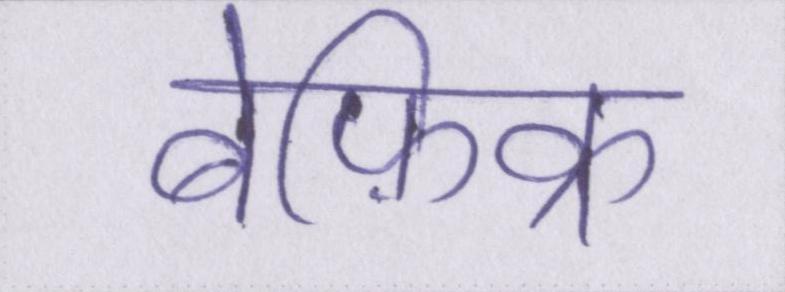
बेफ़िक्र